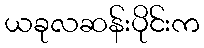
ယခုလဆန်းပိုင်းက